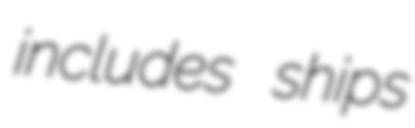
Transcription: includes ships